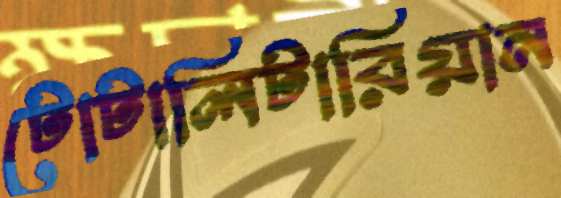
টোটালিটারিয়ান